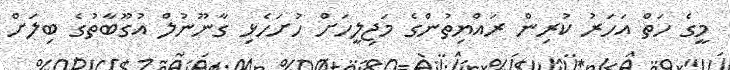
މީގެ ހަތް އަހަރު ކުރިން ރައްޔިތުންގެ މަޖިލީހަށް ހުށަހެޅި ގާނޫނުލް އުގޫބާތުގެ ބިލަށް